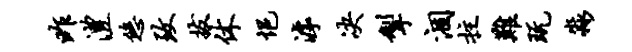
昨澧悠致拔休悒滹决掣涸拄难玩淼